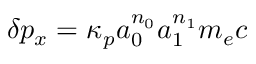
\delta p _ { x } = \kappa _ { p } a _ { 0 } ^ { n _ { 0 } } a _ { 1 } ^ { n _ { 1 } } m _ { e } c